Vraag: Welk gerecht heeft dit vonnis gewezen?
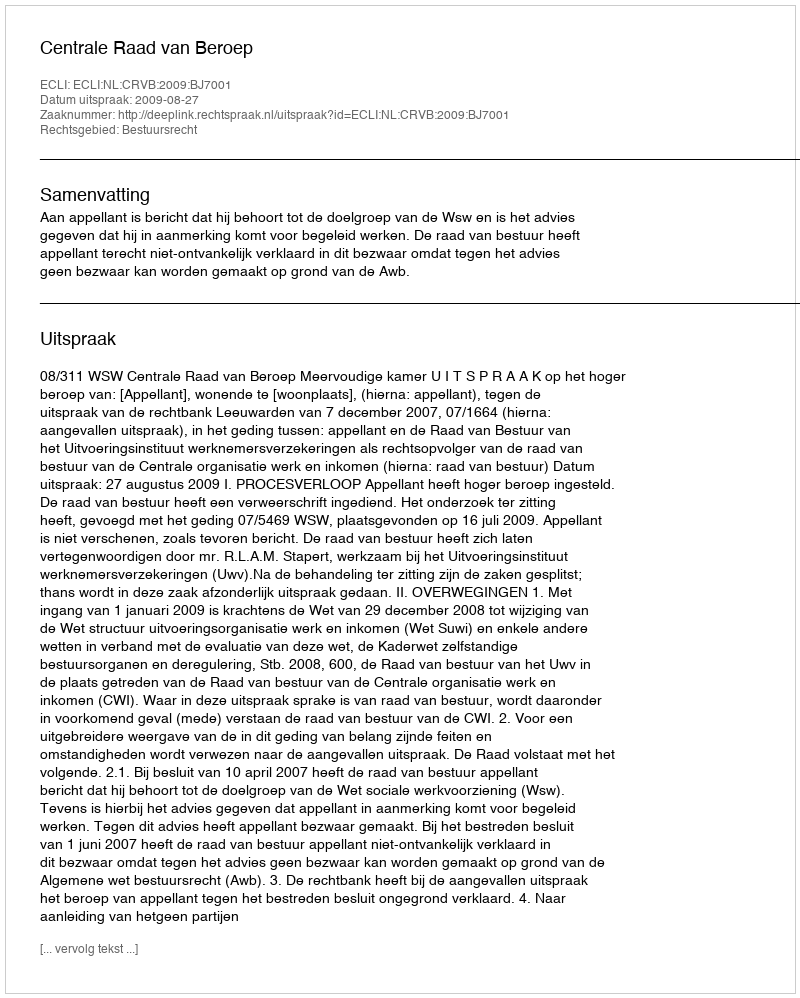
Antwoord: Centrale Raad van Beroep